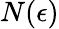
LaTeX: N(\epsilon)